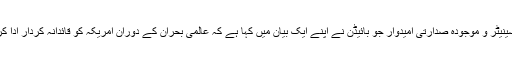
سابق امریکی سینیٹر و موجودہ صدارتی امیدوار جو بائیڈن نے اپنے ایک بیان میں کہا ہے کہ عالمی بحران کے دوران امریکہ کو قائدانہ کردار ادا کرنا چاہیئے تھا۔